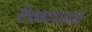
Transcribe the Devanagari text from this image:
टिकवण्याकडेही